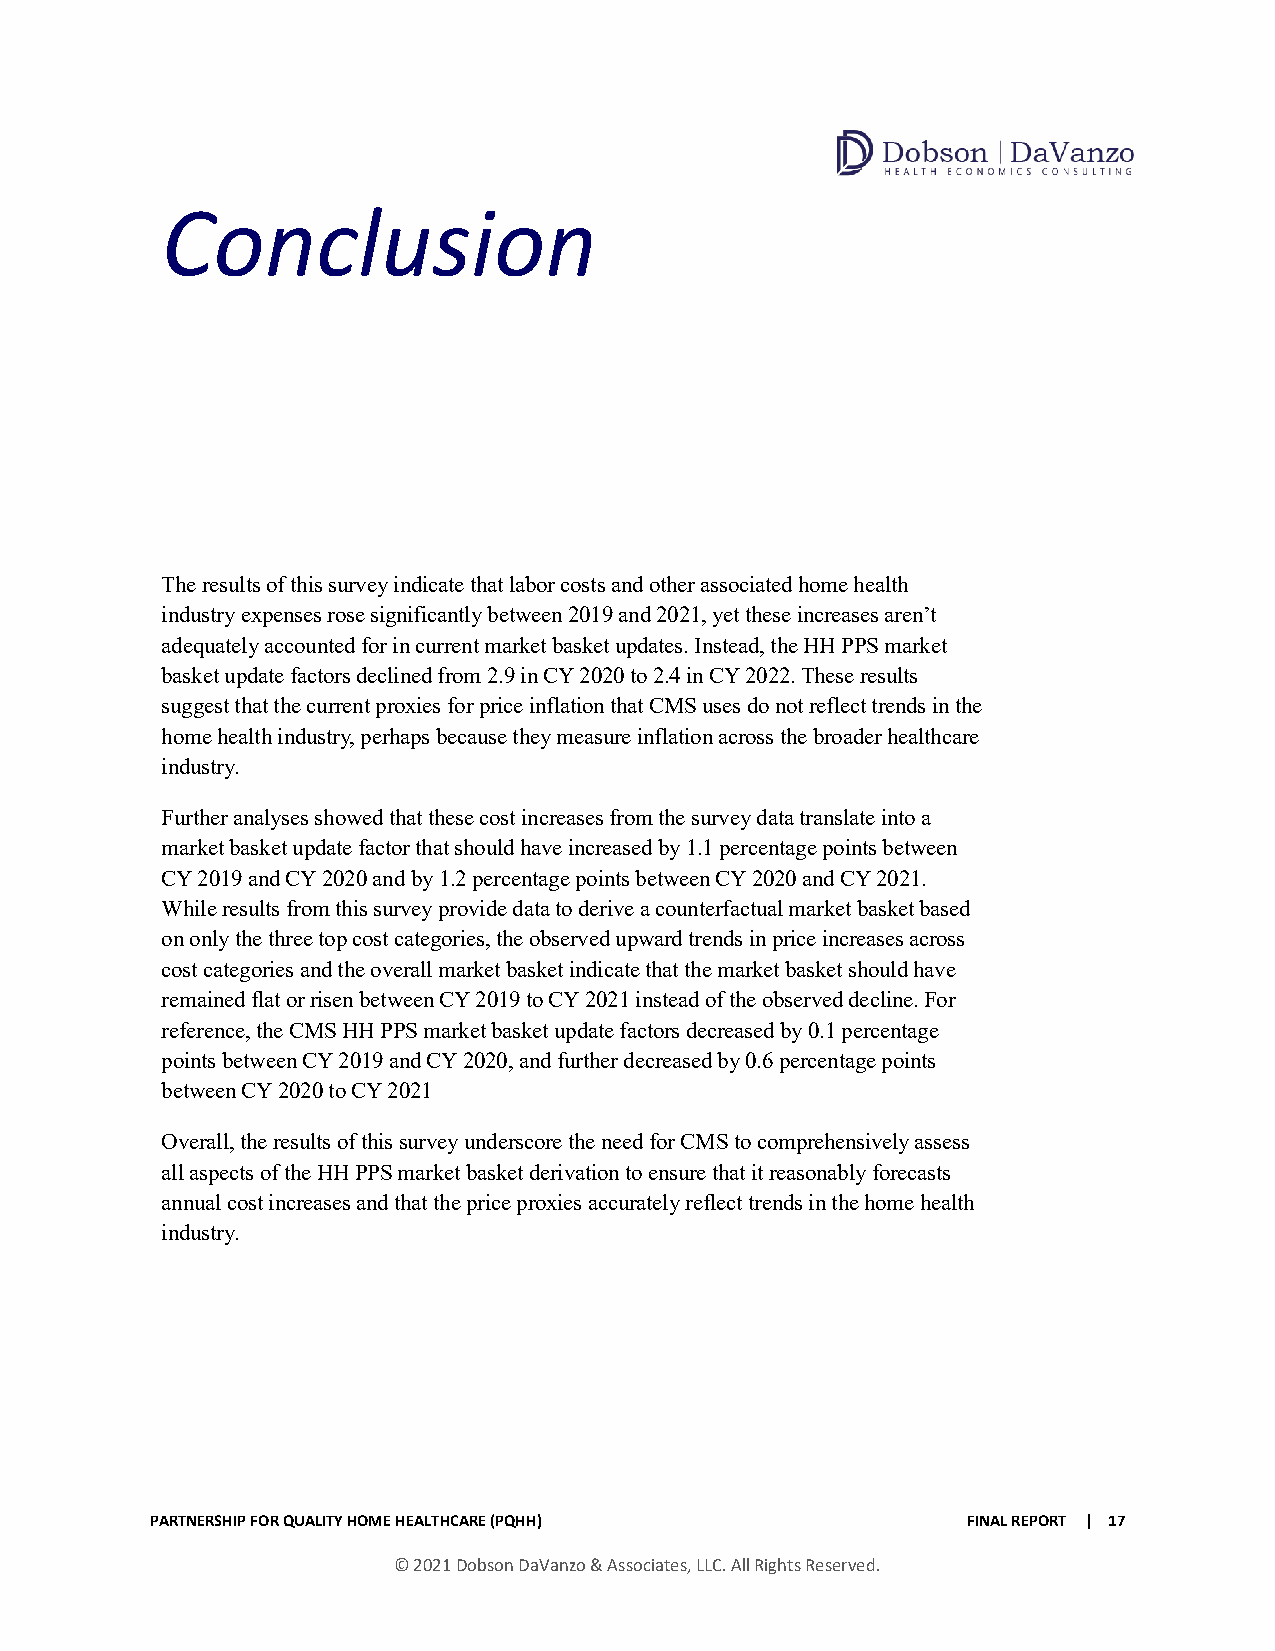
Conclusion
 The results of this survey indicate that labor costs and other associated home health
 industry expenses rose significantly between 2019 and 2021, yet these increases aren’t
 adequately accounted for in current market basket updates. Instead, the HH PPS market
 basket update factors declined from 2.9 in CY 2020 to 2.4 in CY 2022. These results
 suggest that the current proxies for price inflation that CMS uses do not reflect trends in the
 home health industry, perhaps because they measure inflation across the broader healthcare
 industry.
 Further analyses showed that these cost increases from the survey data translate into a
 market basket update factor that should have increased by 1.1 percentage points between
 CY 2019 and CY 2020 and by 1.2 percentage points between CY 2020 and CY 2021.
 While results from this survey provide data to derive a counterfactual market basket based
 on only the three top cost categories, the observed upward trends in price increases across
 cost categories and the overall market basket indicate that the market basket should have
 remained flat or risen between CY 2019 to CY 2021 instead of the observed decline. For
 reference, the CMS HH PPS market basket update factors decreased by 0.1 percentage
 points between CY 2019 and CY 2020, and further decreased by 0.6 percentage points
 between CY 2020 to CY 2021
 Overall, the results of this survey underscore the need for CMS to comprehensively assess
 all aspects of the HH PPS market basket derivation to ensure that it reasonably forecasts
 annual cost increases and that the price proxies accurately reflect trends in the home health
 industry.
 PARTNERSHIP FOR QUALITY HOME HEALTHCARE (PQHH)        FINAL REPORT | 17
 © 2021 Dobson DaVanzo & Associates, LLC. All Rights Reserved.